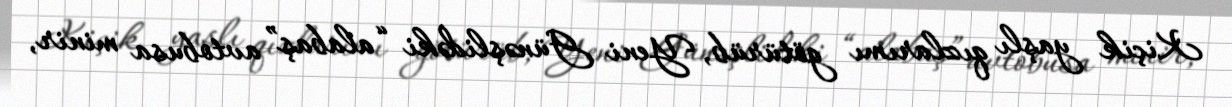
Kiçik yaşlı qızlarımı götürüb, Yeni Günəşlidəki “alabaş” avtobusa minir,